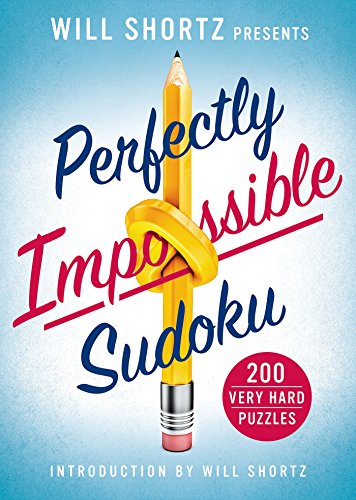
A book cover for Will Shortz Presents Perfectly Impossible Sudoku: 200 Very Hard Puzzles; Humor & Entertainment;